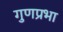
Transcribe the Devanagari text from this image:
गुणप्रभा